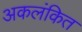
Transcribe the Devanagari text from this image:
अकलंकित